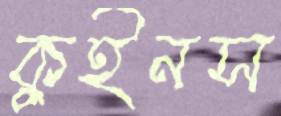
কুইনস